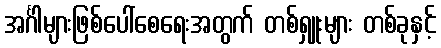
အင်္ဂါများဖြစ်ပေါ်စေရေးအတွက် တစ်ရှူးများ တစ်ခုနှင့်